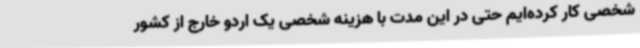
شخصی کار کرده‌ایم حتی در این مدت با هزینه شخصی یک اردو خارج از کشور